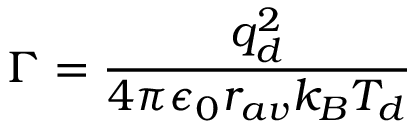
\Gamma = \frac { q _ { d } ^ { 2 } } { 4 \pi \epsilon _ { 0 } r _ { a v } k _ { B } T _ { d } }